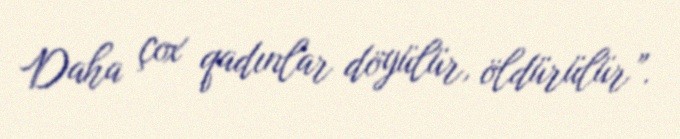
Daha çox qadınlar döyülür, öldürülür”.